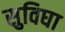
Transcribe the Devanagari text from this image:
सुविघा